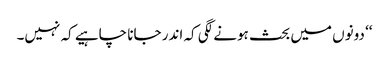
‘‘ دونوں میں بحث ہونے لگی کہ اندر جانا چاہیے کہ نہیں۔